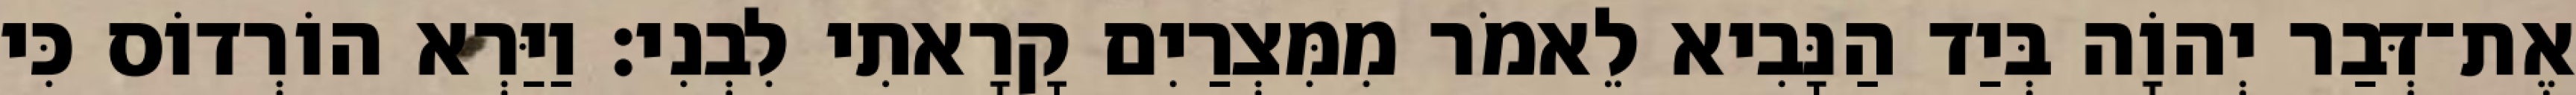
אֶת־דְּבַר יְהוָֹה בְּיַד הַנָּבִיא לֵאמֹר מִמִּצְרַיִם קָרָאתִי לִבְנִי׃ וַיַּרְא הוֹרְדוֹס כִּי